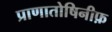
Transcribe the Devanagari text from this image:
प्राणातोषिनीफ़